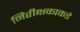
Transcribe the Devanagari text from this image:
निरीक्षकाकडे